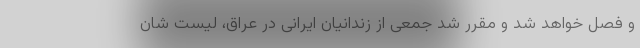
و فصل خواهد شد و مقرر شد جمعی از زندانیان ایرانی در عراق، لیست شان